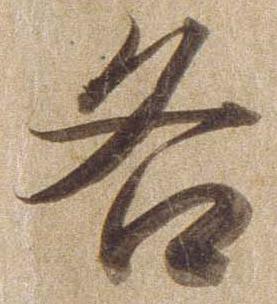
各